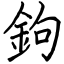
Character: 鉤